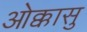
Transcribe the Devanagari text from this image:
ओक्कासु